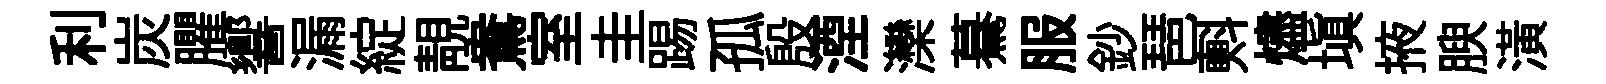
利炭臞響漏綻靚鴦室圭踢孤殷湮灤驀服鈔琶㪺燼塡掖腴潢